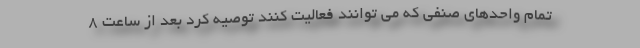
تمام واحدهای صنفی که می توانند فعالیت کنند توصیه کرد بعد از ساعت ۸